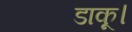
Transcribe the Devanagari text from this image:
डाकू।